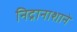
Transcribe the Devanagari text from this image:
निद्रानाशाने